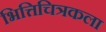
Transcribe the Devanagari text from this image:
भित्तिचित्रकला